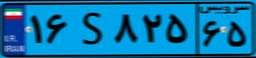
۸۹S۳۵۳۴۰